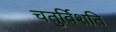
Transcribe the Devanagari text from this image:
चतुर्विशति